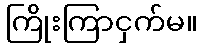
ကြိုးကြာငှက်မ။